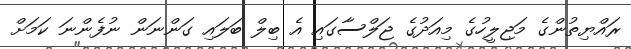
ރައްޔިތުންގެ މަޖިލީހުގެ މިއަދުގެ ޖަލްސާގައި އެ ބިލް ބަލައި ގަންނަން ނުފެންނަ ކަމަށް